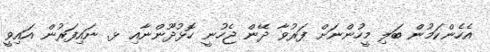
އެހެންކަމުން ބަލި މީހުންނަށް ފަރުވާ ދޭން ޖެހުނީ ހޮޅުދޫންނާއި ޅ. ނައިފަރުން އައިވީ